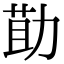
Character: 𭄳